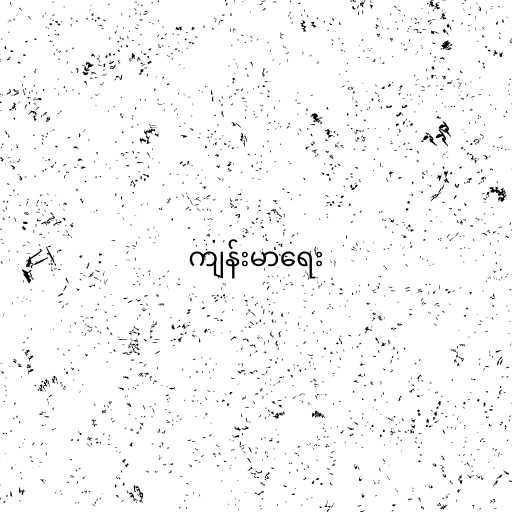
ကျန်းမာရေး